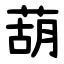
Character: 葫